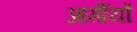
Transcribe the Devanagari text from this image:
आर्मीयों